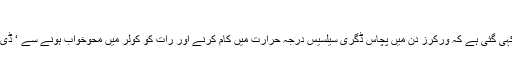
مشکلات ومسائل
رپورٹ میں طبی ماہرین کے حوالے سے یہ بات کہی گئی ہے کہ ورکرز دن میں پچاس ڈگری سیلسیس درجہ حرارت میں کام کرنے اور رات کو کولر میں محوخواب ہونے سے ‘ ڈی ہائیڈریشن اور ہیٹ اسٹروک سے متاثر ہوتے ہیں ۔